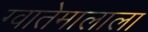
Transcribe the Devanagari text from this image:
ग्वातेमालाला